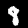
Digit: 8